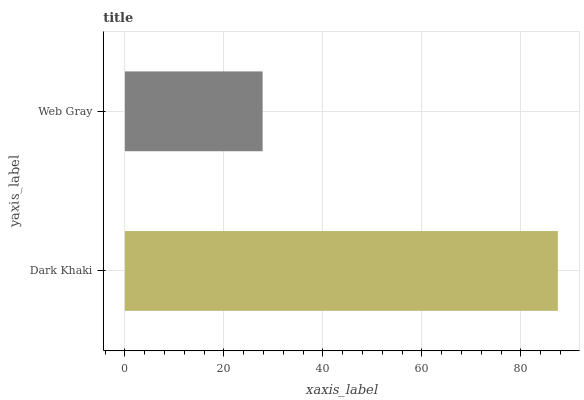
| yaxis_label | bars |
 | --- | --- |
 | Dark Khaki | 87.5 |
 | Web Gray | 27.8 |